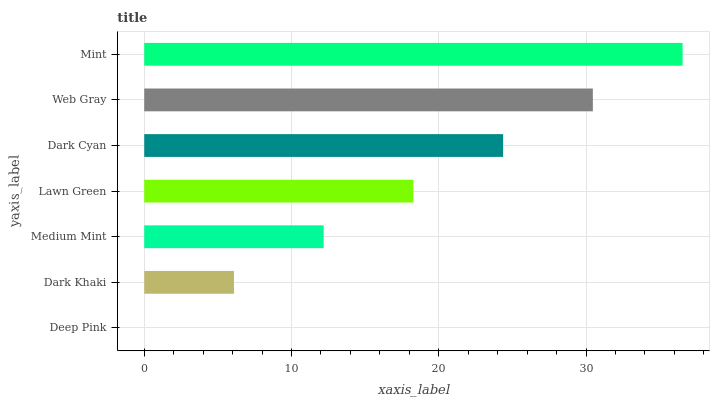
| yaxis_label | bars |
 | --- | --- |
 | Deep Pink | 0 |
 | Dark Khaki | 6.09 |
 | Medium Mint | 12.2 |
 | Lawn Green | 18.3 |
 | Dark Cyan | 24.4 |
 | Web Gray | 30.5 |
 | Mint | 36.6 |